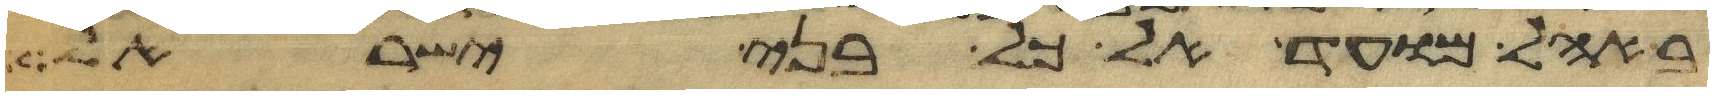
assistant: באהל מועד אל כל בני ישראל